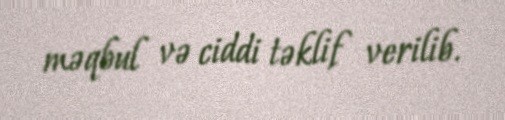
məqbul və ciddi təklif verilib.